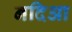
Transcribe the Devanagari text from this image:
नदिआ